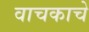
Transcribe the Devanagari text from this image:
वाचकाचे